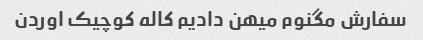
سفارش مگنوم میهن دادیم کاله کوچیک اوردن